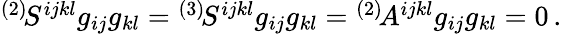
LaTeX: \begin{array}{r}{^{(2)}\! S^{ijkl}g_{ij}g_{kl}={}^{(3)}\! S^{ijkl}g_{ij}g_{kl}={}^{(2)}\! A^{ijkl}g_{ij}g_{kl}=0\, .}\end{array}